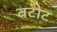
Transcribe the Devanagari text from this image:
बटोट